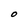
Character: O